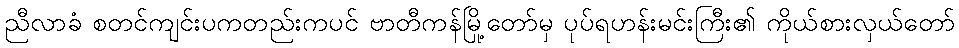
ညီလာခံ စတင်ကျင်းပကတည်းကပင် ဗာတီကန်မြို့တော်မှ ပုပ်ရဟန်းမင်းကြီး၏ ကိုယ်စားလှယ်တော်